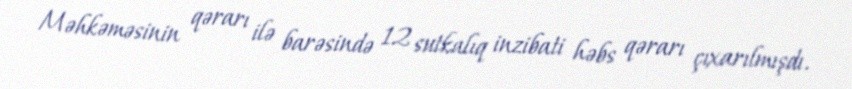
Məhkəməsinin qərarı ilə barəsində 12 sutkalıq inzibati həbs qərarı çıxarılmışdı.